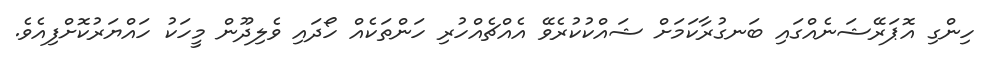
ހިންގި އޮޕަރޭޝަނެއްގައި ބަނގުރާކަމަށް ޝައްކުކުރެވޭ އެއްޗެއްހުރި ހަންތަކެއް ހޯދައި ވެލިދޫން މީހަކު ހައްޔަރުކޮށްފިއެވެ.